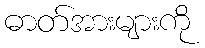
ဓာတ်အားများကို